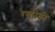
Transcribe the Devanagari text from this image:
रखनेकी